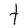
Character: t